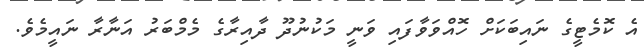
އެ ކޮމެޓީގެ ނައިބަކަށް ހޮއްވަވާފައި ވަނީ މަކުނުދޫ ދާއިރާގެ މެމްބަރު އަނާރާ ނައީމެވެ.